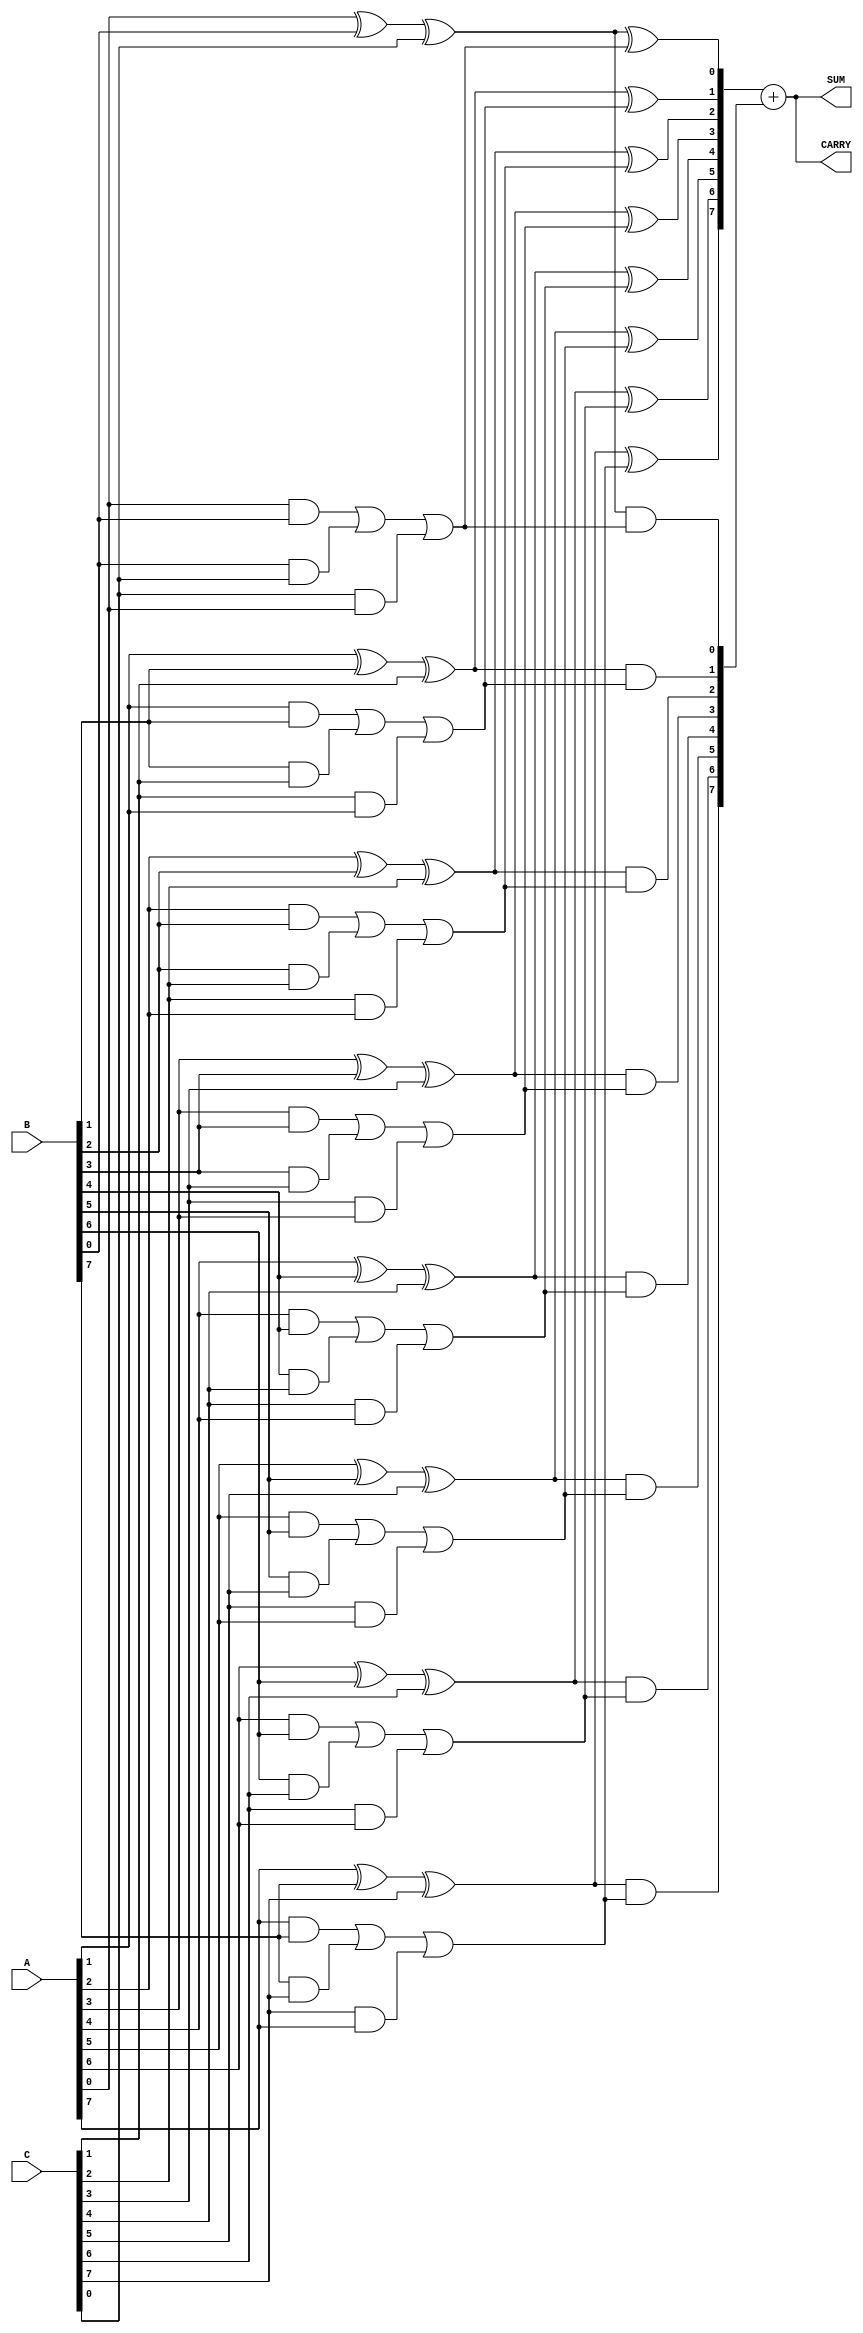
module CarrySaveAdder #(parameter WIDTH = 8)(
    input  [WIDTH-1:0] A,
    input  [WIDTH-1:0] B,
    input  [WIDTH-1:0] C,
    output [WIDTH-1:0] SUM,
    output [WIDTH-1:0] CARRY
);

    wire [WIDTH-1:0] sum_temp;
    wire [WIDTH-1:0] carry_temp;

    // Carry Save Addition
    genvar i;
    generate
        for (i = 0; i < WIDTH; i = i + 1) begin: csa
            assign sum_temp[i] = A[i] ^ B[i] ^ C[i]; // Sum bit
            assign carry_temp[i] = (A[i] & B[i]) | (B[i] & C[i]) | (C[i] & A[i]); // Carry bit
        end
    endgenerate

    // Reduction tree - For simplicity, we'll just combine the results.
    // In a real design, this would be more complex based on the number of operands.
    wire [WIDTH-1:0] sum_reduced;
    wire [WIDTH-1:0] carry_reduced;

    generate
        for (i = 0; i < WIDTH; i = i + 1) begin: reduction_tree
            assign sum_reduced[i] = sum_temp[i] ^ carry_temp[i]; // Combine sums
            assign carry_reduced[i] = sum_temp[i] & carry_temp[i]; // Combine carries
        end
    endgenerate

    // Final addition (could be a simple Ripple Carry Adder or another CSA)
    wire [WIDTH-1:0] final_sum;
    wire [WIDTH:0] final_carry; // Extra bit for carry-out

    assign final_sum = sum_reduced + carry_reduced; // Final sum from reduced outputs
    assign final_carry = {1'b0, carry_reduced} + {1'b0, sum_reduced}; // Final carry handling

    // Final outputs
    assign SUM = final_sum;
    assign CARRY = final_carry[WIDTH-1:0]; // Only take the lower WIDTH bits

endmodule